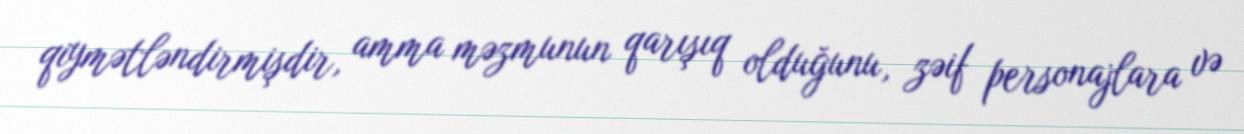
qiymətləndirmişdir, amma məzmunun qarışıq olduğunu, zəif personajlara və